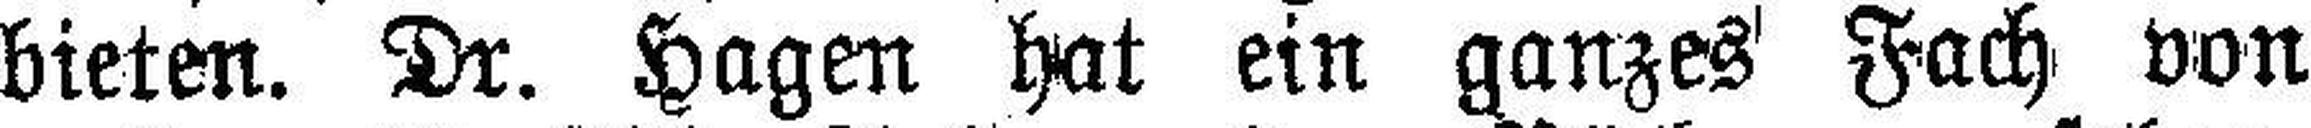
bieten. Dr. Hagen hat ein ganzes Fach von